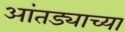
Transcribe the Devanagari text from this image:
आंतड्याच्या